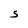
Character: S